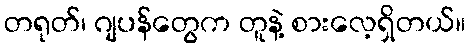
တရုတ်၊ ဂျပန်တွေက တူနဲ့ စားလေ့ရှိတယ်။